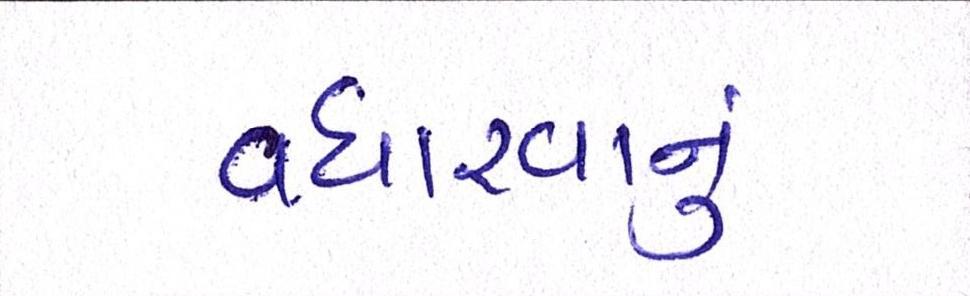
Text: વધારવાનું